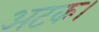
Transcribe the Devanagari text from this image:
अटक।